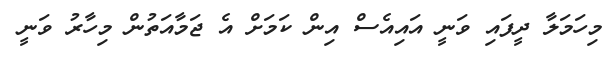
މިހަމަލާ ދީފައި ވަނީ އައިއެސް އިން ކަމަށް އެ ޖަމާއަތުން މިހާރު ވަނީ